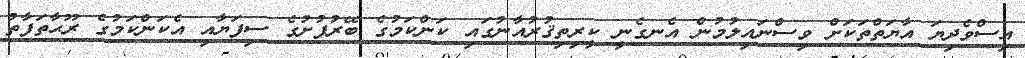
އިސްވެދިޔަ އާޔަތްތަކަށް ވިސްނައިލުމުން އެނގެނީ ކީރިތިޤުރުއާނުގައި ކަންކަމުގެ ބޭރުފުށުގެ ސިފަޔާއި އެކަންކަމުގެ ރޫޙާތަފާތު